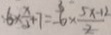
6 \times \frac { x } { 3 } + 7 = 6 \times \frac { 5 x - 1 2 } { 2 }